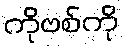
ကိုဗစ်ကို